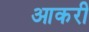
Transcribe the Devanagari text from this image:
आकरी